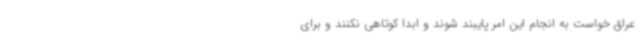
عراق خواست به انجام این امر پایبند شوند و ابدا کوتاهی نکنند و برای